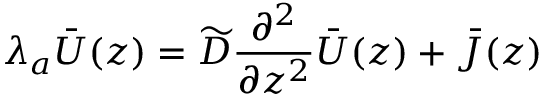
\lambda _ { a } \bar { U } ( z ) = \widetilde D \frac { \partial ^ { 2 } } { \partial z ^ { 2 } } \bar { U } ( z ) + \bar { \cal J } ( z )